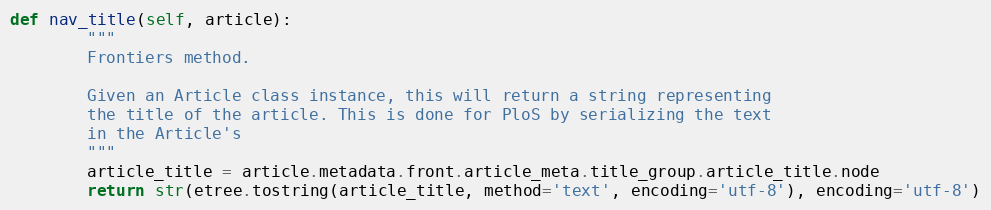
Language: Python
def nav_title(self, article):
        """
        Frontiers method.

        Given an Article class instance, this will return a string representing
        the title of the article. This is done for PloS by serializing the text
        in the Article's
        """
        article_title = article.metadata.front.article_meta.title_group.article_title.node
        return str(etree.tostring(article_title, method='text', encoding='utf-8'), encoding='utf-8')